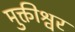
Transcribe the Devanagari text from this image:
मुक्तीश्वर